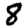
Digit: 8